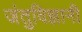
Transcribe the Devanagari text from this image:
जंतुविज्ञानी